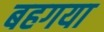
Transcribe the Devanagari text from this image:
बहगया